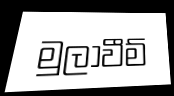
මුලාවීම්